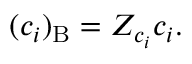
( c _ { i } ) _ { \mathrm { B } } = Z _ { c _ { i } } c _ { i } .